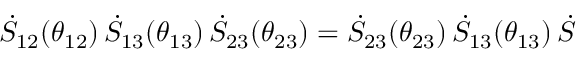
\dot { S } _ { 1 2 } ( \theta _ { 1 2 } ) \, \dot { S } _ { 1 3 } ( \theta _ { 1 3 } ) \, \dot { S } _ { 2 3 } ( \theta _ { 2 3 } ) = \dot { S } _ { 2 3 } ( \theta _ { 2 3 } ) \, \dot { S } _ { 1 3 } ( \theta _ { 1 3 } ) \, \dot { S }